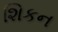
શિકન